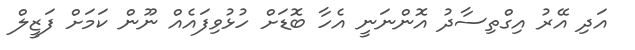
އަދި އޭރު އިގްތިސާދު އޮންނަނީ އެހާ ބޮޑަށް ހުޅުވިފައެއް ނޫން ކަމަށް ފަޒީލް